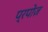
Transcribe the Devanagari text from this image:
प्रपोज़